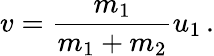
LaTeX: v={\frac{m_{1}}{m_{1}+m_{2}}}u_{1}\, .